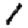
Digit: 1